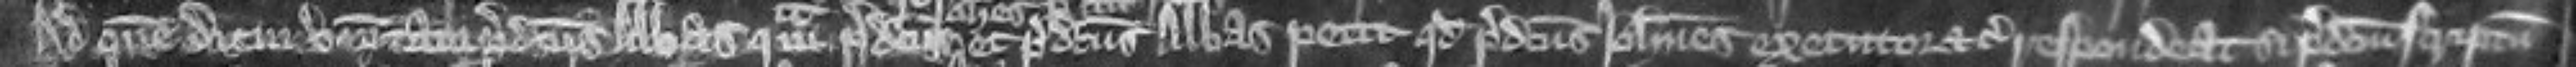
Ad quem diem venit tam predictus abbas quam predictus et predictus abbas petit quod predictus Johannes executor etc respondeat si predictum scriptum